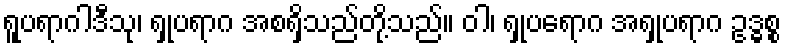
ရူပရာဂါဒီသု၊ ရှုပရာဂ အစရှိသည်တို့သည်။ ဝါ၊ ရှုပရောဂ အရှုပရာဂ ဥဒ္ဓစ္စ